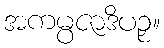
အကမ္ပဇာဒိပဉှ။